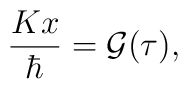
{K x\over \hbar}={\cal G}(\tau),